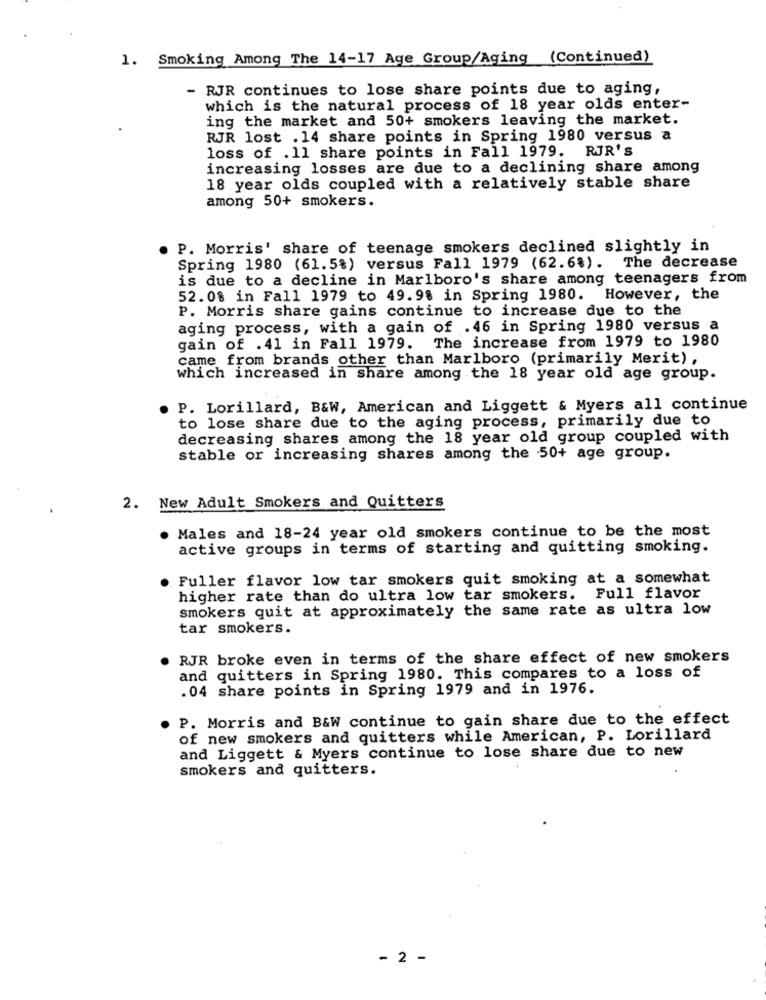
1. Smoking Among The 14-17 Age Group/Aging (Continued)
- RJR continues to lose share points due to aging,
which is the natural process of 18 year olds enter-
ing the market and 50+ smokers leaving the market.
RJR lost .14 share points in Spring 1980 versus a
loss of . 11 share points in Fall 1979. RJR's
increasing losses are due to a declining share among
18 year olds coupled with a relatively stable share
among 50+ smokers.
P. Morris' share of teenage smokers declined slightly in
Spring 1980 (61.5%) versus Fall 1979 (62.6%). The decrease
is due to a decline in Marlboro's share among teenagers from
52.08 in Fall 1979 to 49.98 in Spring 1980. However, the
P. Morris share gains continue to increase due to the
aging process, with a gain of .46 in Spring 1980 versus a
gain of .41 in Fall 1979. The increase from 1979 to 1980
came from brands other than Marlboro (primarily Merit) ,
which increased in share among the 18 year old age group.
P. Lorillard, B&W, American and Liggett & Myers all continue
to lose share due to the aging process, primarily due to
decreasing shares among the 18 year old group coupled with
stable or increasing shares among the 50+ age group.
2. New Adult Smokers and Quitters
Males and 18-24 year old smokers continue to be the most
active groups in terms of starting and quitting smoking.
Fuller flavor low tar smokers quit smoking at a somewhat
higher rate than do ultra low tar smokers. Full flavor
smokers quit at approximately the same rate as ultra low
tar smokers.
RJR broke even in terms of the share effect of new smokers
and quitters in Spring 1980. This compares to a loss of
.04 share points in Spring 1979 and in 1976.
P. Morris and B&W continue to gain share due to the effect
of new smokers and quitters while American, P. Lorillard
and Liggett & Myers continue to lose share due to new
smokers and quitters.
- 2 -